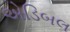
એડિબલ